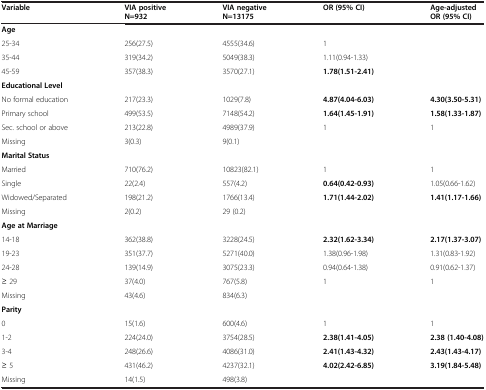
<table><thead><tr><td><b>Variable</b></td><td><b>VIA positive N=932</b></td><td><b>VIA negative N=13175</b></td><td><b>OR (95% CI)</b></td><td><b>Age-adjusted OR (95% CI)</b></td></tr></thead><tbody><tr><td><b>Age</b></td><td> </td><td> </td><td> </td><td> </td></tr><tr><td>25-34</td><td>256(27.5)</td><td>4555(34.6)</td><td>1</td><td> </td></tr><tr><td>35-44</td><td>319(34.2)</td><td>5049(38.3)</td><td>1.11(0.94-1.33)</td><td> </td></tr><tr><td>45-59</td><td>357(38.3)</td><td>3570(27.1)</td><td><b>1.78(1.51-2.41)</b></td><td> </td></tr><tr><td><b>Educational Level</b></td><td> </td><td> </td><td> </td><td> </td></tr><tr><td>No formal education</td><td>217(23.3)</td><td>1029(7.8)</td><td><b>4.87(4.04-6.03)</b></td><td><b>4.30(3.50-5.31)</b></td></tr><tr><td>Primary school</td><td>499(53.5)</td><td>7148(54.2)</td><td><b>1.64(1.45-1.91)</b></td><td><b>1.58(1.33-1.87)</b></td></tr><tr><td>Sec. school or above</td><td>213(22.8)</td><td>4989(37.9)</td><td>1</td><td>1</td></tr><tr><td>Missing</td><td>3(0.3)</td><td>9(0.1)</td><td> </td><td> </td></tr><tr><td><b>Marital Status</b></td><td> </td><td> </td><td> </td><td> </td></tr><tr><td>Married</td><td>710(76.2)</td><td>10823(82.1)</td><td>1</td><td>1</td></tr><tr><td>Single</td><td>22(2.4)</td><td>557(4.2)</td><td><b>0.64(0.42-0.93)</b></td><td>1.05(0.66-1.62)</td></tr><tr><td>Widowed/Separated</td><td>198(21.2)</td><td>1766(13.4)</td><td><b>1.71(1.44-2.02)</b></td><td><b>1.41(1.17-1.66)</b></td></tr><tr><td>Missing</td><td>2(0.2)</td><td>29 (0.2)</td><td> </td><td> </td></tr><tr><td><b>Age at Marriage</b></td><td> </td><td> </td><td> </td><td> </td></tr><tr><td>14-18</td><td>362(38.8)</td><td>3228(24.5)</td><td><b>2.32(1.62-3.34)</b></td><td><b>2.17(1.37-3.07)</b></td></tr><tr><td>19-23</td><td>351(37.7)</td><td>5271(40.0)</td><td>1.38(0.96-1.98)</td><td>1.31(0.83-1.92)</td></tr><tr><td>24-28</td><td>139(14.9)</td><td>3075(23.3)</td><td>0.94(0.64-1.38)</td><td>0.91(0.62-1.37)</td></tr><tr><td>≥ 29</td><td>37(4.0)</td><td>767(5.8)</td><td>1</td><td>1</td></tr><tr><td>Missing</td><td>43(4.6)</td><td>834(6.3)</td><td> </td><td> </td></tr><tr><td><b>Parity</b></td><td> </td><td> </td><td> </td><td> </td></tr><tr><td>0</td><td>15(1.6)</td><td>600(4.6)</td><td>1</td><td>1</td></tr><tr><td>1-2</td><td>224(24.0)</td><td>3754(28.5)</td><td><b>2.38(1.41-4.05)</b></td><td><b>2.38 (1.40-4.08)</b></td></tr><tr><td>3-4</td><td>248(26.6)</td><td>4086(31.0)</td><td><b>2.41(1.43-4.32)</b></td><td><b>2.43(1.43-4.17)</b></td></tr><tr><td>≥ 5</td><td>431(46.2)</td><td>4237(32.1)</td><td><b>4.02(2.42-6.85)</b></td><td><b>3.19(1.84-5.48)</b></td></tr><tr><td>Missing</td><td>14(1.5)</td><td>498(3.8)</td><td> </td><td> </td></tr></tbody></table>